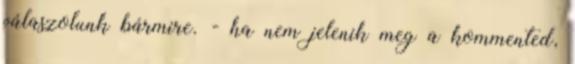
válaszolunk bármire. - ha nem jelenik meg a kommented,